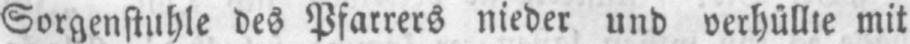
Sorgenstuhle des Pfarrers nieder und verhüllte mit